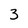
Character: 3